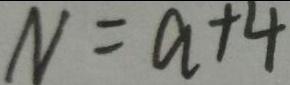
N = a + 4